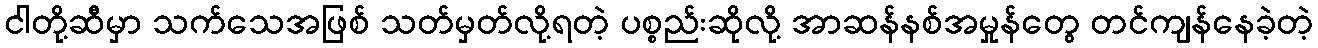
ငါတို့ဆီမှာ သက်သေအဖြစ် သတ်မှတ်လို့ရတဲ့ ပစ္စည်းဆိုလို့ အာဆန်နစ်အမှုန်တွေ တင်ကျန်နေခဲ့တဲ့